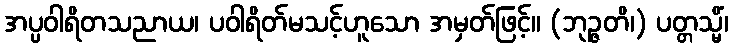
အပ္ပဝါရိတသညာယ၊ ပဝါရိတ်မသင့်ဟူသော အမှတ်ဖြင့်။ (ဘုဉ္ဇတိ၊) ပတ္တသ္မိံ၊